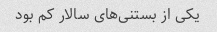
یکی از بستنی‌های سالار کم بود